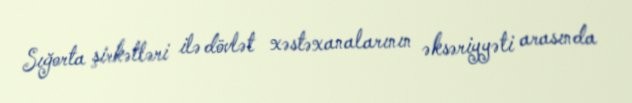
Sığorta şirkətləri ilə dövlət xəstəxanalarının əksəriyyəti arasında